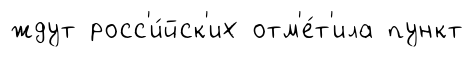
ждут росс'и́йск'их отм'е́т'ила пункт